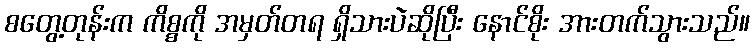
စတွေ့တုန်းက ကိစ္စကို အမှတ်တရ ရှိသားပဲဆိုပြီး နောင်စိုး အားတက်သွားသည်။